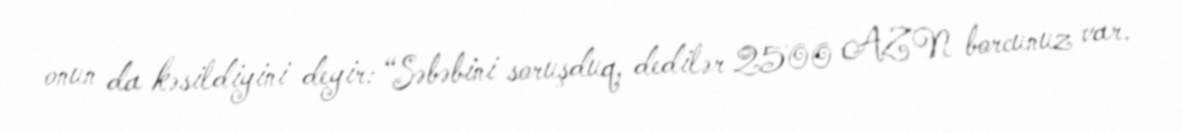
onun da kəsildiyini deyir: “Səbəbini soruşduq, dedilər 2500 AZN borcunuz var.